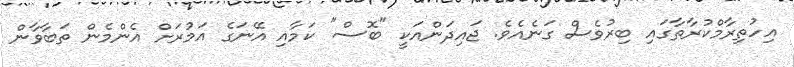
އިހުތިރާމްކުރާތާގައި ބިރުވެސް ގަނެއެވެ. ޖައިދަންއަކީ "ބޮސް" ކަމާއި އޭނަގެ އަމުރަށް އެންމެން ތަބާވާން